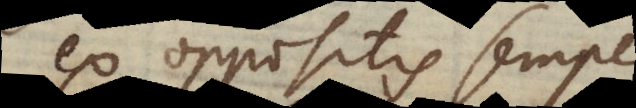
ex oppositis semper